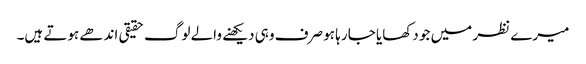
میرے نظر میں جو دکھایا جا رہا ہو صرف وہی دیکھنے والے لوگ حقیقی اندھے ہوتے ہیں۔